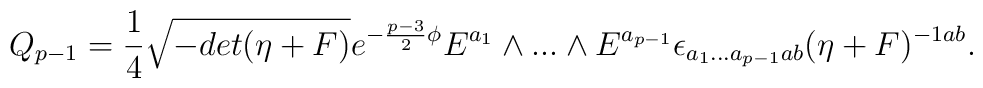
Q_{p-1} = {1\over 4} \sqrt{-det (\eta + F)} e^{-{p-3 \over 2} \phi } E^{a_1}\wedge ... \wedge E^{a_{p-1}} \epsilon_{a_1 ... a_{p-1} ab} (\eta+ F)^{-1 ab}.